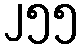
၂၅၅